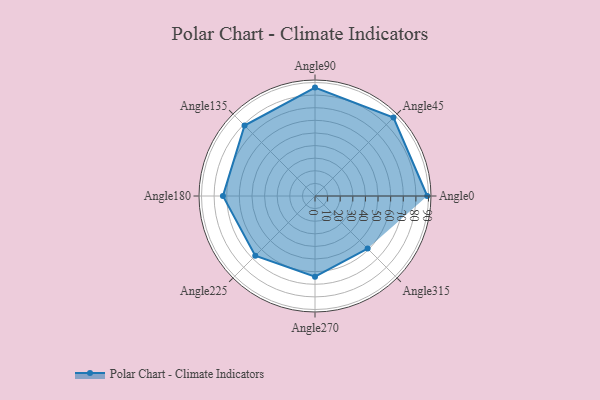
{"axis": {"x": "Angle", "y": "Radius"}, "legend": [""], "data": [{"x": "Angle0", "y": 89.0, "type": ""}, {"x": "Angle45", "y": 88.0, "type": ""}, {"x": "Angle90", "y": 86.0, "type": ""}, {"x": "Angle135", "y": 79.0, "type": ""}, {"x": "Angle180", "y": 73.0, "type": ""}, {"x": "Angle225", "y": 67.0, "type": ""}, {"x": "Angle270", "y": 64.0, "type": ""}, {"x": "Angle315", "y": 59.0, "type": ""}]}